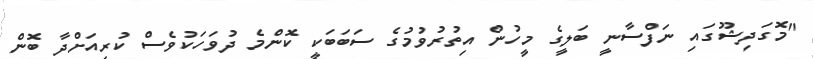
"މޮގަދިޝޫގައި ނަފްސާނީ ބަލީގެ މީހުން އިތުރުވުމުގެ ސަބަބަކީ ކޮންމެ ދުވަހަކުވެސް ކުރިއަށްދާ ބޮން